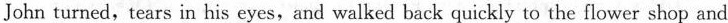
John turned, tears in his eyes,and walked back quickly to the flower shop and